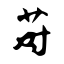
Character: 莳